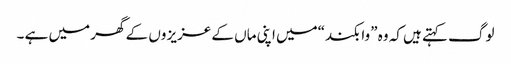
لوگ کہتے ہیں کہ وہ ”وا بکند“میں اپنی ماں کے عزیز وں کے گھر میں ہے ۔